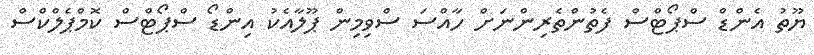
ޔޫތު އެންޑް ސްޕޯޓްސް ފެތުންތެރިންނަށް ހާއްސަ ސްވިމިން ޕޫލާއެކު އިންޑޯ ސްޕޯޓްސް ކޮމްޕެލްކްސް